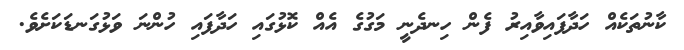
ކާނުތަކެއް ހަދާފައިވާއިރު ފެން ހިނދެނީ މަގުގެ އެއް ކޮޅުގައި ހަދާފައި ހުންނަ ވަޅުގަނޑަކަށެވެ.